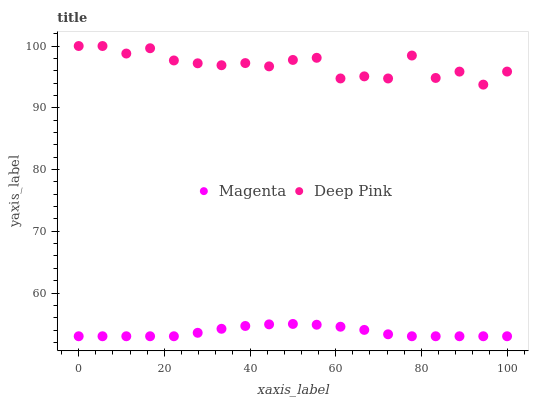
| xaxis_label | Magenta | Deep Pink |
 | --- | --- | --- |
 | 0 | 53 | 100 |
 | 5.56 | 53 | 100 |
 | 11.1 | 53 | 98.8 |
 | 16.7 | 53 | 99.6 |
 | 22.2 | 53 | 97.7 |
 | 27.8 | 53.6 | 97.2 |
 | 33.3 | 54.2 | 96.9 |
 | 38.9 | 54.7 | 97.2 |
 | 44.4 | 54.9 | 96.7 |
 | 50 | 55 | 97.7 |
 | 55.6 | 54.9 | 98.1 |
 | 61.1 | 54.5 | 94.7 |
 | 66.7 | 54 | 95.1 |
 | 72.2 | 53.3 | 94.7 |
 | 77.8 | 53 | 98.5 |
 | 83.3 | 53 | 94.8 |
 | 88.9 | 53 | 95.9 |
 | 94.4 | 53 | 93.7 |
 | 100 | 53 | 95.9 |